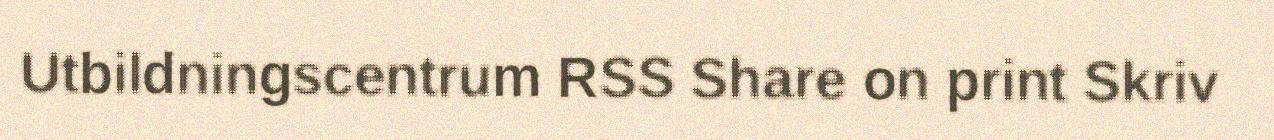
Utbildningscentrum RSS Share on print Skriv